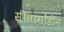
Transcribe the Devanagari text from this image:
सीतागोंडीन